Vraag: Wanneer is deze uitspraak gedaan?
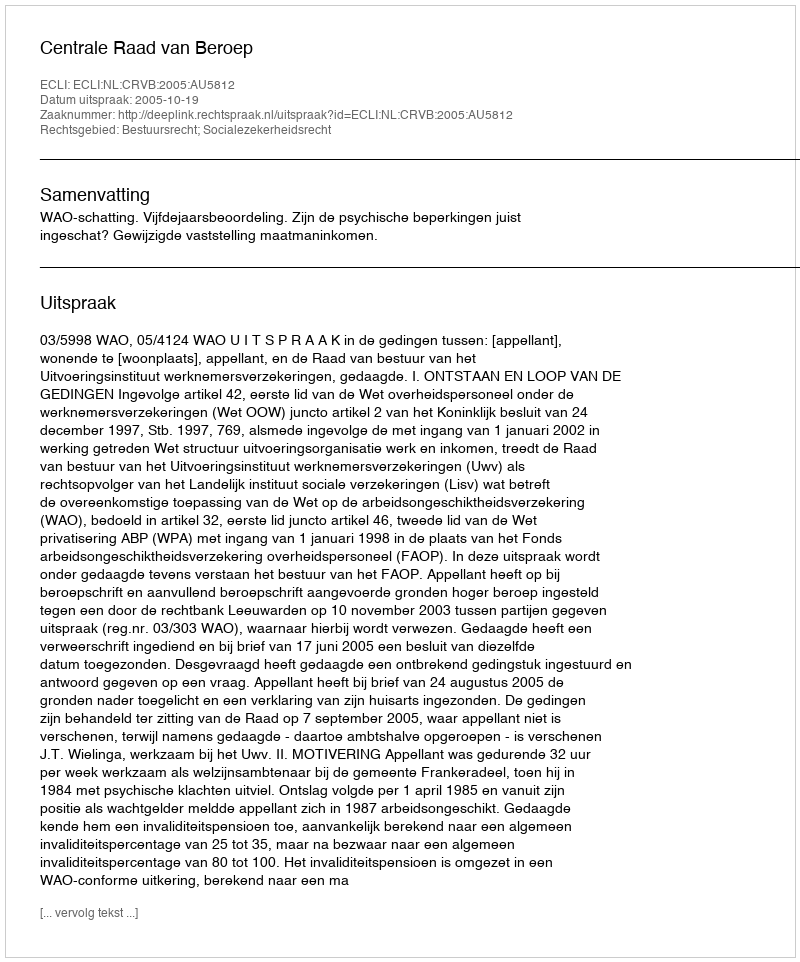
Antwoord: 2005-10-19